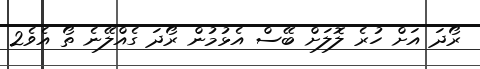
ރޯދަ އަށް ހުރެ ލޮލަށް ބޭސް އެޅުމުން ރޯދަ ގެއްލޭނެ ތޯ އެވެ2